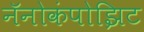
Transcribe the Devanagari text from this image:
नॅनोकंपोझिट